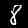
Digit: 8